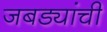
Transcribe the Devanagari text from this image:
जबड्यांची